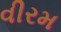
વીરમ